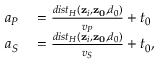
\begin{array} { r l } { a _ { P } } & { { } = \frac { d i s t _ { H } ( \mathbf { z } _ { i } , \mathbf { z _ { 0 } } , d _ { 0 } ) } { v _ { P } } + t _ { 0 } } \\ { a _ { S } } & { { } = \frac { d i s t _ { H } ( \mathbf { z } _ { i } , \mathbf { z _ { 0 } } , d _ { 0 } ) } { v _ { S } } + t _ { 0 } , } \end{array}